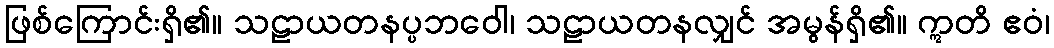
ဖြစ်ကြောင်းရှိ၏။ သဠာယတနပ္ပဘဝေါ၊ သဠာယတနလျှင် အမွန်ရှိ၏။ ဣတိ ဧဝံ၊